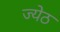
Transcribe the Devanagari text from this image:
ज्येठ